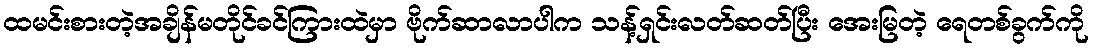
ထမင်းစားတဲ့အချိန်မတိုင်ခင်ကြားထဲမှာ ဗိုက်ဆာလာပါက သန့်ရှင်းလတ်ဆတ်ပြီး အေးမြတဲ့ ရေတစ်ခွက်ကို